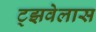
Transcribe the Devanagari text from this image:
ट्झवेलास